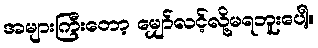
အများကြီးတော့ မျှော်လင့်လို့မရဘူးပေါ့။